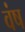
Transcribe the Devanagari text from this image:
वंष